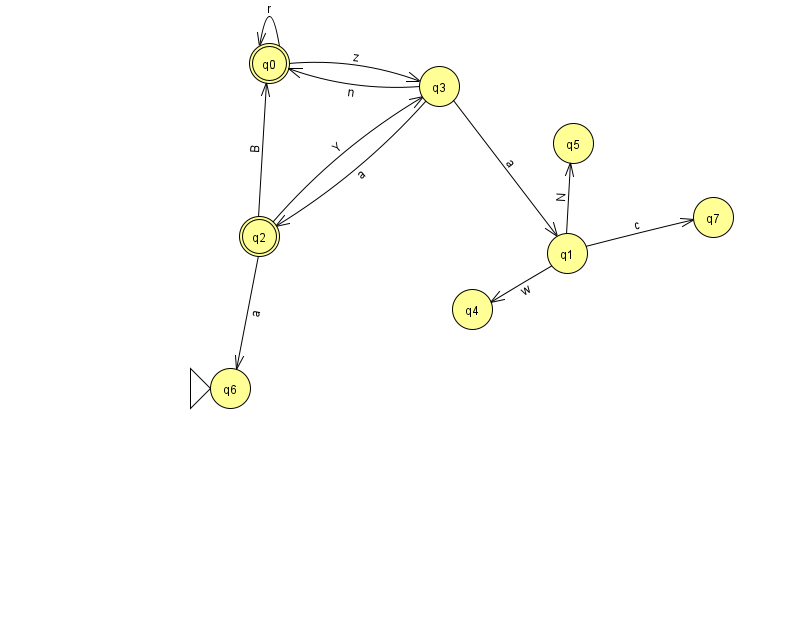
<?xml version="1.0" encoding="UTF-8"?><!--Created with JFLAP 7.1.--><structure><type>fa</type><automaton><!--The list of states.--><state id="0" name="q0"><x>269.0</x><y>50.0</y><final/></state><state id="1" name="q1"><x>567.0</x><y>240.0</y></state><state id="2" name="q2"><x>259.0</x><y>223.0</y><final/></state><state id="3" name="q3"><x>439.0</x><y>73.0</y></state><state id="4" name="q4"><x>472.0</x><y>296.0</y></state><state id="5" name="q5"><x>573.0</x><y>130.0</y></state><state id="6" name="q6"><x>230.0</x><y>375.0</y><initial/></state><state id="7" name="q7"><x>713.0</x><y>204.0</y></state><!--The list of transitions.--><transition><from>1</from><to>4</to><read>w</read></transition><transition><from>0</from><to>0</to><read>r</read></transition><transition><from>3</from><to>2</to><read>a</read></transition><transition><from>1</from><to>7</to><read>c</read></transition><transition><from>2</from><to>0</to><read>B</read></transition><transition><from>3</from><to>1</to><read>a</read></transition><transition><from>1</from><to>5</to><read>N</read></transition><transition><from>2</from><to>3</to><read>Y</read></transition><transition><from>3</from><to>0</to><read>n</read></transition><transition><from>2</from><to>6</to><read>a</read></transition><transition><from>0</from><to>3</to><read>z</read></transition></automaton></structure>